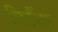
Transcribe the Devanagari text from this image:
शिर्डीतच